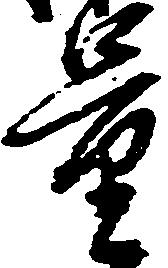
量